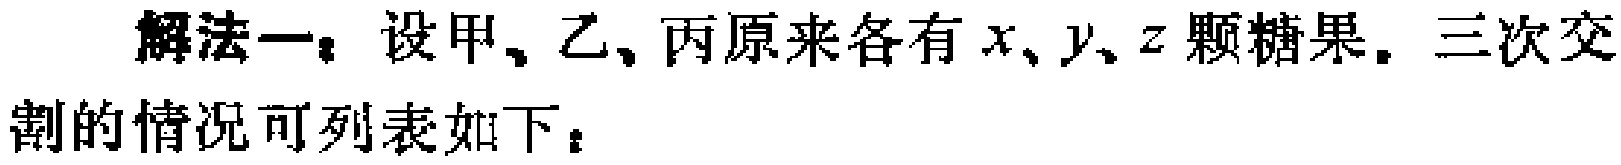
解法一：设甲、乙、丙原来各有\(x、y、z\)颗糖果。三次交割的情况可列表如下：